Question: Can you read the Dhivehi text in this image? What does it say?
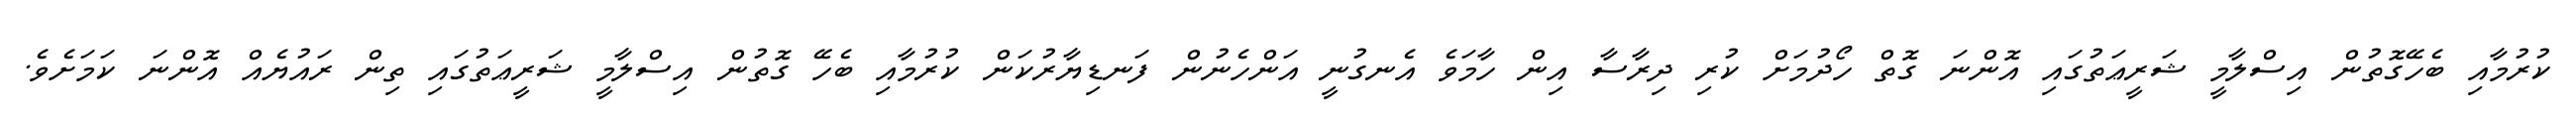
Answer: ކުރުމާއި ބެހޭގޮތުން އިސްލާމީ ޝަރީޢަތުގައި އޮންނަ ގޮތް ހޯދުމަށް ކުރި ދިރާސާ އިން ހާމަވެ އެނގުނީ އަންހެނުން ފަނޑިޔާރުކަން ކުރުމާއި ބެހޭ ގޮތުން އިސްލާމީ ޝަރީޢަތުގައި ތިން ރައުޔެއް އޮންނަ ކަމަށެވެ.